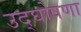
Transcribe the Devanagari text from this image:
उद्‌घोषणा